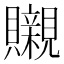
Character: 䞋